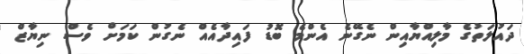
ދައުލަތުގެ މާލިއްޔާއިން ނެގޭނެ އެންމެ ބޮޑު ފައިދާއެއް ނެގުން ކަމަށް ވެސް ނިޔާޒް